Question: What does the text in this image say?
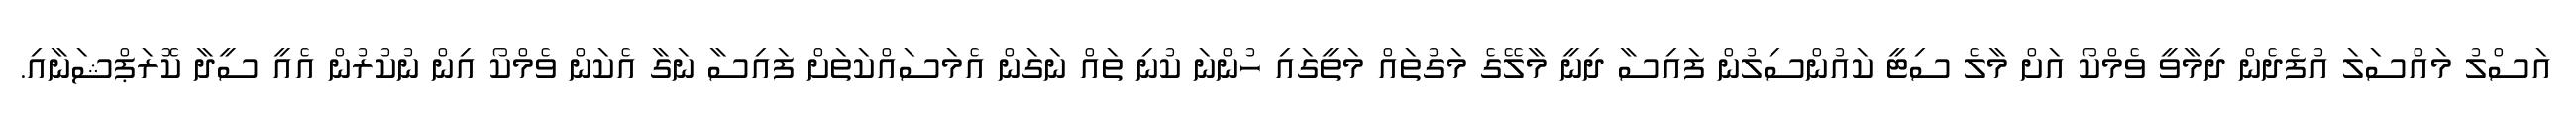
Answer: އަސްލު މައްސަލަ އުފެދެން ދިމާވީ ވެމްކޯ އަށް މާލެ ސިޓީ ކައުންސިލުން ފައިސާ ދިނީ މާލޭގެ މަގުތައް މަތީގައި ހުންނަ ކުނި ތައް ނަގަން އެމަސައްކަތަށް ފައިސާ ނަގާ އެކަން ވެމްކޯ އިން ނުކުރުން އެއީ ސީދާ ކޮރަޕްޝަނާއި.